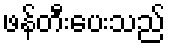
ဖန်တီးပေးသည်